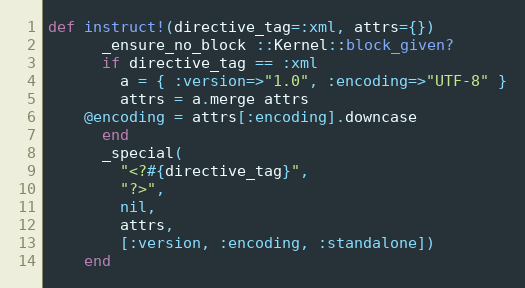
Language: Ruby
def instruct!(directive_tag=:xml, attrs={})
      _ensure_no_block ::Kernel::block_given?
      if directive_tag == :xml
        a = { :version=>"1.0", :encoding=>"UTF-8" }
        attrs = a.merge attrs
	@encoding = attrs[:encoding].downcase
      end
      _special(
        "<?#{directive_tag}",
        "?>",
        nil,
        attrs,
        [:version, :encoding, :standalone])
    end